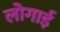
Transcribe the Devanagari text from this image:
लोगाई